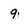
Character: 9